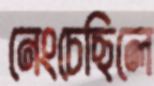
নেংচেছিলে